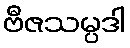
ဗီဇသမ္ပဒါ